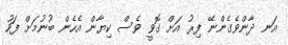
އަނ ދާންވެގެންނޭ ފިރު އަށް ގޮވީ ވެސް ކިޔާން އެހެން ބުނުމަށް ފަހު